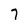
Character: 7